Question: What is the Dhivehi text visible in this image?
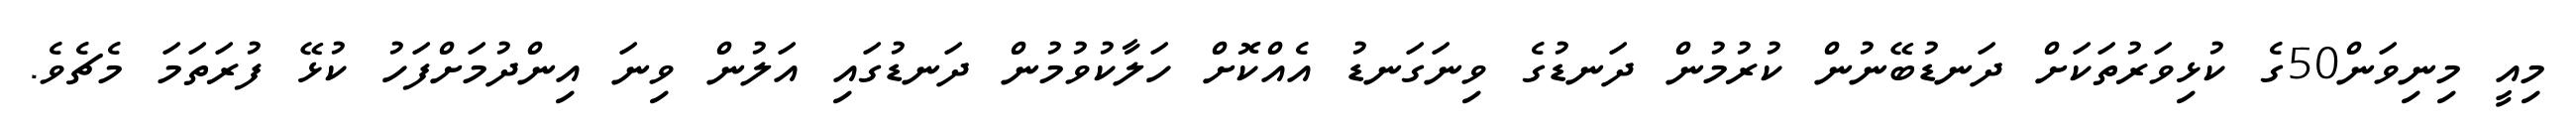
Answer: މިއީ މިނިވަން50ގެ ކުޅިވަރުތަކަށް ދަނޑުބޭނުން ކުރުމުން ދަނޑުގެ ވިނަގަނޑު އެއްކޮށް ހަލާކުވުމުން ދަނޑުގައި އަލުން ވިނަ އިންދުމަށްފަހު ކުޅޭ ފުރަތަމަ މެޗެވެ.